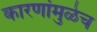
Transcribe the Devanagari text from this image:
कारणांमुळेच